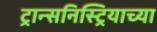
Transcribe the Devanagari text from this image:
ट्रान्सनिस्ट्रियाच्या